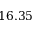
1 6 . 3 5